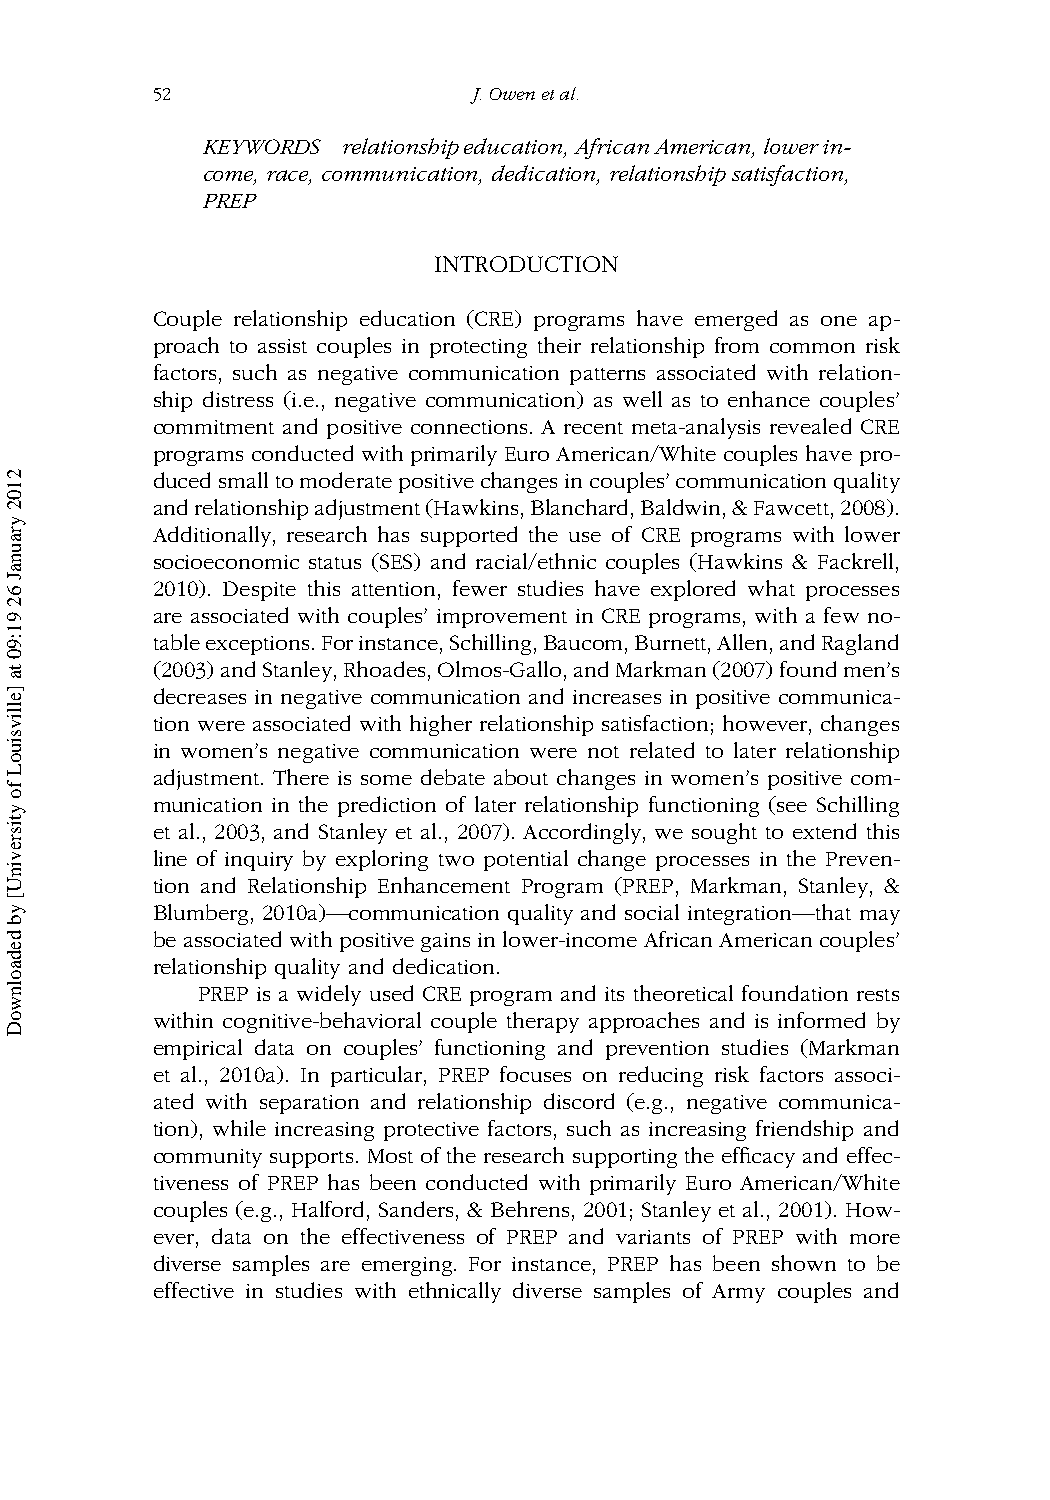
52                   J.Owenetal.
 KEYWORDS  relationshipeducation,AfricanAmerican,lowerin-
 come, race, communication, dedication, relationship satisfaction,
 PREP
 INTRODUCTION
 Couple relationship education (CRE) programs have emerged as one ap-
 proach to assist couples in protecting their relationship from common risk
 factors, such as negative communication patterns associated with relation-
 ship distress (i.e., negative communication) as well as to enhance couples’
 commitment and positive connections. A recent meta-analysis revealed CRE
 programs conducted with primarily Euro American/White couples have pro-
 ducedsmalltomoderatepositivechangesincouples’communicationquality
 andrelationshipadjustment(Hawkins,Blanchard,Baldwin,&Fawcett,2008).
 Additionally, research has supported the use of CRE programs with lower
 socioeconomic status (SES) and racial/ethnic couples (Hawkins & Fackrell,
 2010). Despite this attention, fewer studies have explored what processes
 are associated with couples’ improvement in CRE programs, with a few no-
 tableexceptions.Forinstance,Schilling,Baucom,Burnett,Allen,andRagland
 (2003)andStanley,Rhoades,Olmos-Gallo,andMarkman(2007)foundmen’s
 decreases in negative communication and increases in positive communica-
 tion were associated with higher relationship satisfaction; however, changes
 in women’s negative communication were not related to later relationship
 adjustment. There is some debate about changes in women’s positive com-
 munication in the prediction of later relationship functioning (see Schilling
 et al., 2003, and Stanley et al., 2007). Accordingly, we sought to extend this
 line of inquiry by exploring two potential change processes in the Preven-
 tion and Relationship Enhancement Program (PREP, Markman, Stanley, &
 Blumberg, 2010a)—communication quality and social integration—that may
 be associated withpositivegains inlower-incomeAfrican American couples’
 relationship quality and dedication.
 PREP is a widely used CRE program and its theoretical foundation rests
 within cognitive-behavioral couple therapy approaches and is informed by
 empirical data on couples’ functioning and prevention studies (Markman
 et al., 2010a). In particular, PREP focuses on reducing risk factors associ-
 ated with separation and relationship discord (e.g., negative communica-
 tion), while increasing protective factors, such as increasing friendship and
 community supports. Most of the research supporting the efficacy and effec-
 tiveness of PREP has been conducted with primarily Euro American/White
 couples (e.g., Halford, Sanders, & Behrens, 2001; Stanley et al., 2001). How-
 ever, data on the effectiveness of PREP and variants of PREP with more
 diverse samples are emerging. For instance, PREP has been shown to be
 effective in studies with ethnically diverse samples of Army couples and
 2102
 yraunaJ
 62
 91:90
 ta
 ]ellivsiuoL
 fo
 ytisrevinU[
 yb
 dedaolnwoD